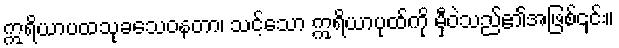
ဣရိယာပထသုခသေဝနတာ၊ သင့်သော ဣရိယာပုထ်ကို မှီဝဲသည်၏အဖြစ်၎င်း။